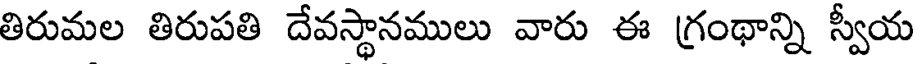
తిరుమల తిరుపతి దేవస్థానములు వారు ఈ గ్రంథాన్ని స్వీయ